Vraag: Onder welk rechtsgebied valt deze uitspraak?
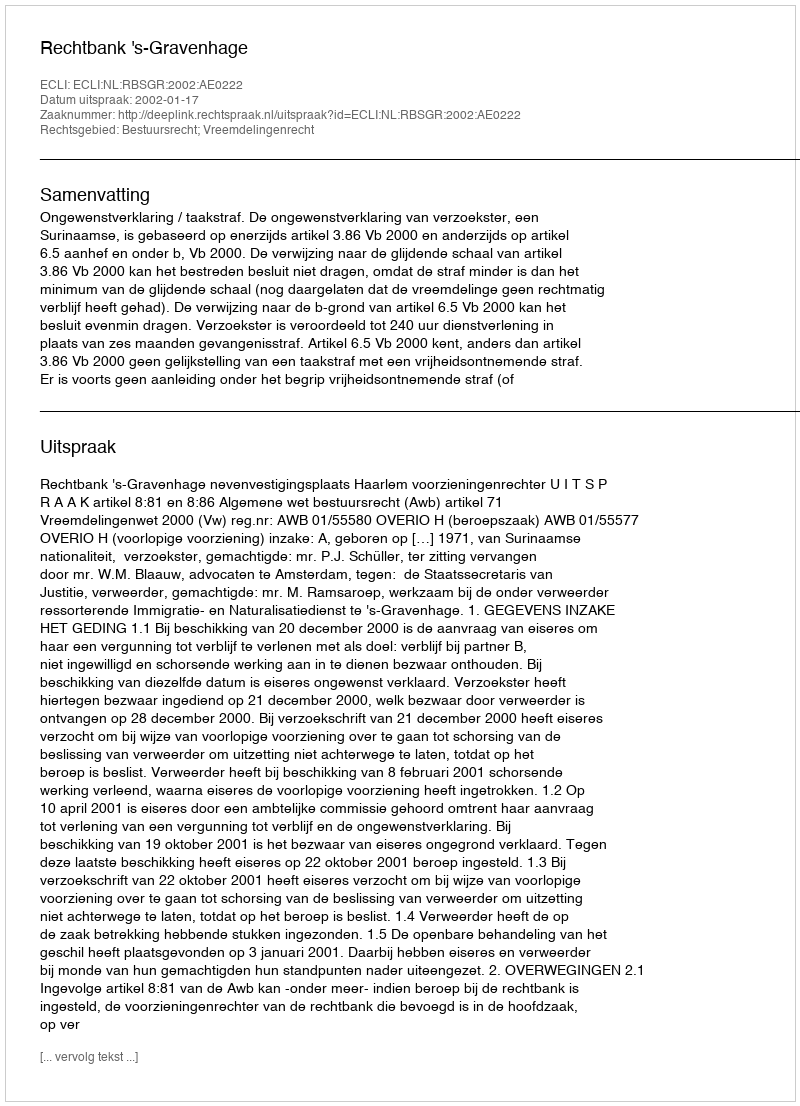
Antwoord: Bestuursrecht; Vreemdelingenrecht